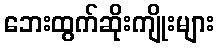
ဘေးထွက်ဆိုးကျိုးများ